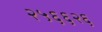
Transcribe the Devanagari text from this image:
२५६६२६